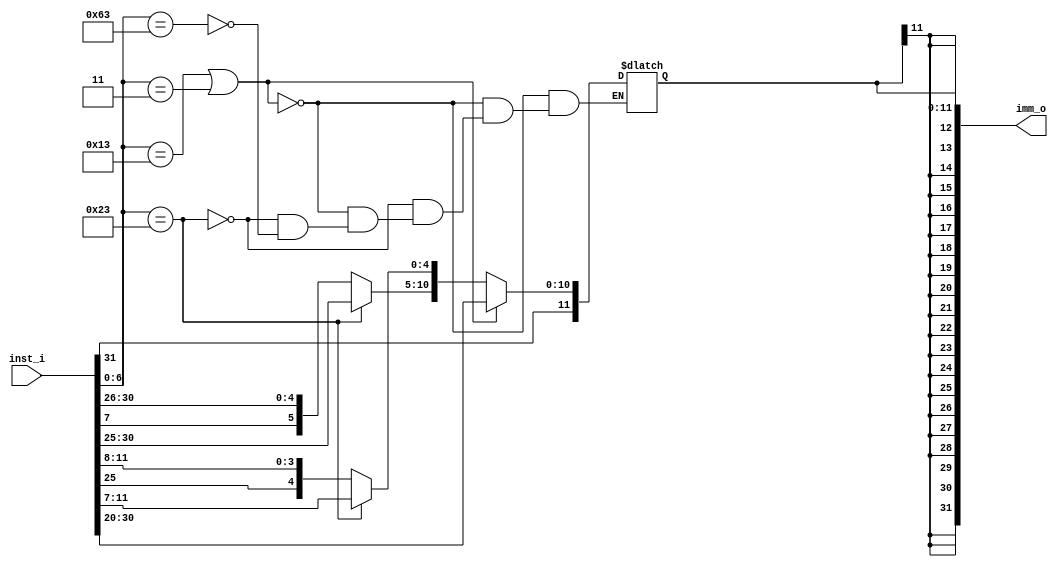
module Sign_Extend
(
	inst_i,
	imm_o
);

input  [31 : 0] inst_i;
output [31 : 0] imm_o;

reg [11 : 0] imm_reg;

assign imm_o = {{20{imm_reg[11]}} , imm_reg[11 : 0]};

always @(inst_i)
begin
	if (inst_i[6 : 0] == 7'b0010011 || inst_i[6 : 0] == 7'b0000011)
	begin
		imm_reg[11 : 0] = inst_i[31 : 20];
	end
	else if (inst_i[6 : 0] == 7'b0100011)
	begin
		imm_reg[4 : 0] = inst_i[11 : 7];
		imm_reg[11 : 5] = inst_i[31 : 25];
	end
	else if (inst_i[6 : 0] == 7'b1100011)
	begin
		imm_reg[3 : 0] = inst_i[11 : 8];
		imm_reg[9 : 4] = inst_i[30 : 25];
		imm_reg[10] = inst_i[7];
		imm_reg[11] = inst_i[31];
	end
end

endmodule